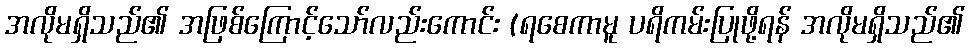
အလိုမရှိသည်၏ အဖြစ်ကြောင့်သော်လည်းကောင်း (ရစေကာမူ ပရိကမ်းပြုဖို့ရန် အလိုမရှိသည်၏